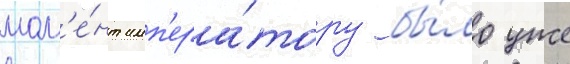
мом'е́нт имп'ера́тору бы́ло уже